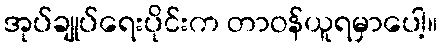
အုပ်ချုပ်ရေးပိုင်းက တာဝန်ယူရမှာပေါ့။